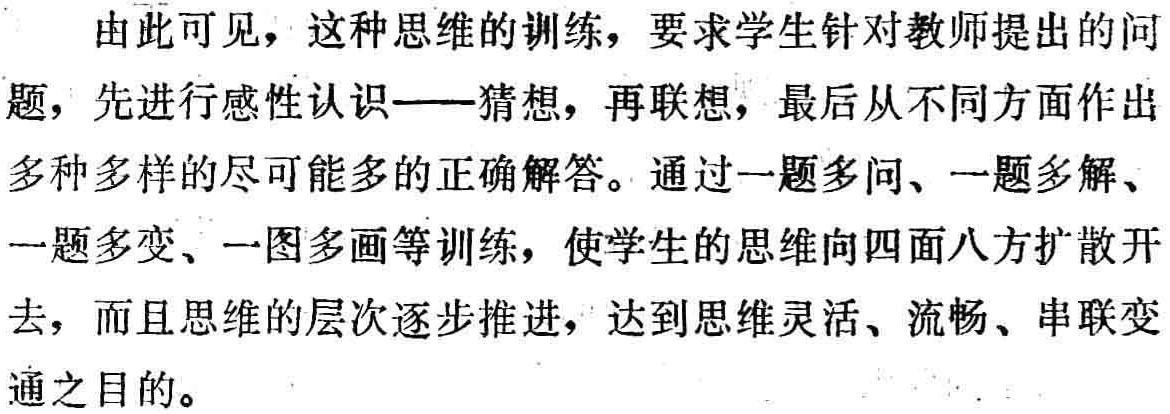
由此可见，这种思维的训练，要求学生针对教师提出的问题，先进行感性认识——猜想，再联想，最后从不同方面作出多种多样的尽可能多的正确解答。通过一题多问、一题多解、一题多变、一图多画等训练，使学生的思维向四面八方扩散开去，而且思维的层次逐步推进，达到思维灵活、流畅、串联变通之目的。